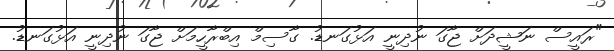
"ރައީސް ނަޝީދަށް ޖާގަ ނުދިނީ އަޅުގަނޑު. ގާސިމް އިބްރާހީމަށް ޖާގަ ނުދިނީ އަޅުގަނޑު.